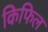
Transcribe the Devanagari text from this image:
किफिल